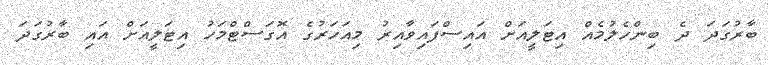
ބާރުގަދަ ދެ ބިންހެލުމެއް އިޓަލީއަށް އައިސްފައިވާއިރު މިއަހަރުގެ އޮގަސްޓްމަހު އިޓަލީއަށް އައި ބާރުގަދަ